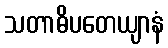
သတာဓိပတေယျာနံ